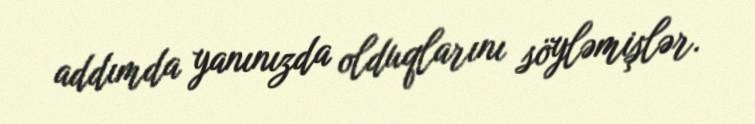
addımda yanınızda olduqlarını söyləmişlər.